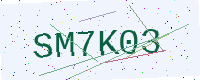
Text: SM7K03